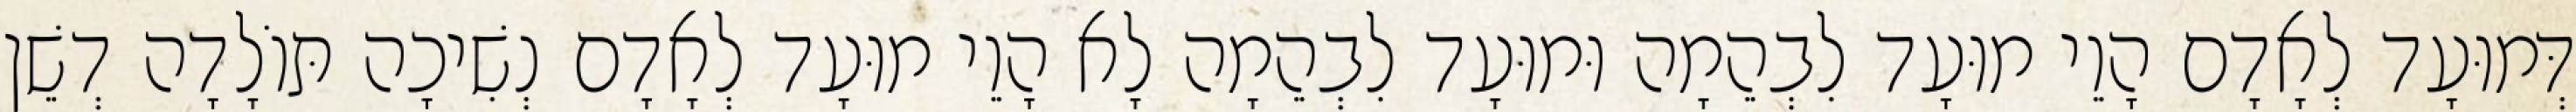
דְּמוּעָד לְאָדָם הָוֵי מוּעָד לִבְהֵמָה וּמוּעָד לִבְהֵמָה לָא הָוֵי מוּעָד לְאָדָם נְשִׁיכָה תּוֹלָדָה דְשֵׁן